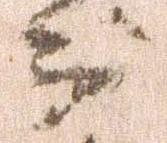
分